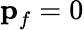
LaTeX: \textbf{p}_{f}=0